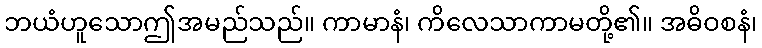
ဘယံဟူသောဤအမည်သည်။ ကာမာနံ၊ ကိလေသာကာမတို့၏။ အဓိဝစနံ၊